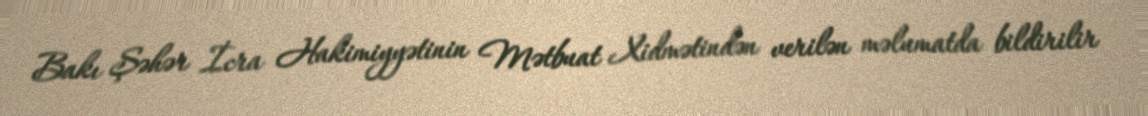
Bakı Şəhər İcra Hakimiyyətinin Mətbuat Xidmətindən verilən məlumatda bildirilir